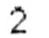
2